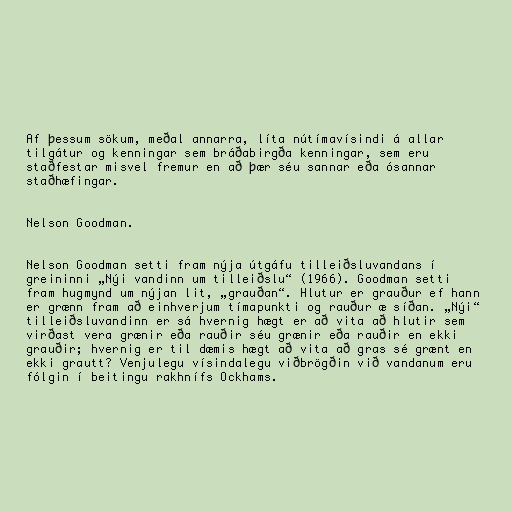
Af þessum sökum, meðal annarra, líta nútímavísindi á allar
tilgátur og kenningar sem bráðabirgða kenningar, sem eru
staðfestar misvel fremur en að þær séu sannar eða ósannar
staðhæfingar.

Nelson Goodman.

Nelson Goodman setti fram nýja útgáfu tilleiðsluvandans í
greininni „Nýi vandinn um tilleiðslu“ (1966). Goodman setti
fram hugmynd um nýjan lit, „grauðan“. Hlutur er grauður ef hann
er grænn fram að einhverjum tímapunkti og rauður æ síðan. „Nýi“
tilleiðsluvandinn er sá hvernig hægt er að vita að hlutir sem
virðast vera grænir eða rauðir séu grænir eða rauðir en ekki
grauðir; hvernig er til dæmis hægt að vita að gras sé grænt en
ekki grautt? Venjulegu vísindalegu viðbrögðin við vandanum eru
fólgin í beitingu rakhnífs Ockhams.